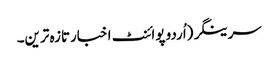
سرینگر(اُردو پوائنٹ اخبارتازہ ترین۔